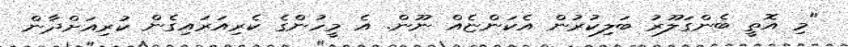
"މި އޮތީ ބެންގަލޫރު ބަލިކުރުން އެކަންޏެއް ނޫން. އެ މީހުންގެ ކެރިއަރައިގެން ކުރިއަށްދާން